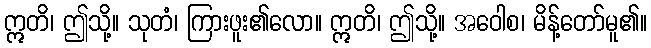
ဣတိ၊ ဤသို့။ သုတံ၊ ကြားဖူး၏လော။ ဣတိ၊ ဤသို့။ အဝေါစ၊ မိန့်တော်မူ၏။